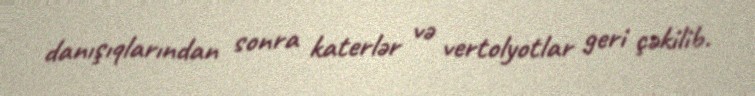
danışıqlarından sonra katerlər və vertolyotlar geri çəkilib.